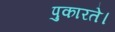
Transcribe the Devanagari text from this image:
पुकारते।